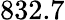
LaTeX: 832.7